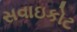
સવાઇકોટ